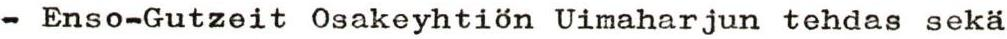
- Enso-Gutzeit Osakeyhtiön Uimaharjun tehdas sekä